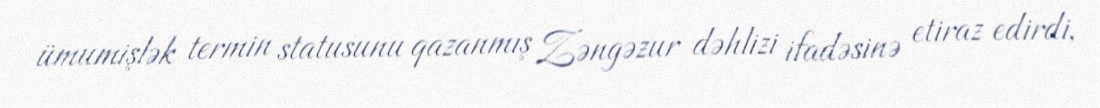
ümumişlək termin statusunu qazanmış Zəngəzur dəhlizi ifadəsinə etiraz edirdi,